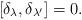
LaTeX: \begin{align*}[\delta_{\lambda},\delta_{\lambda'}]=0.\end{align*}